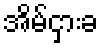
အိမ်ငှားခ